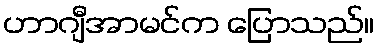
ဟာဂျီအာမင်က ပြောသည်။